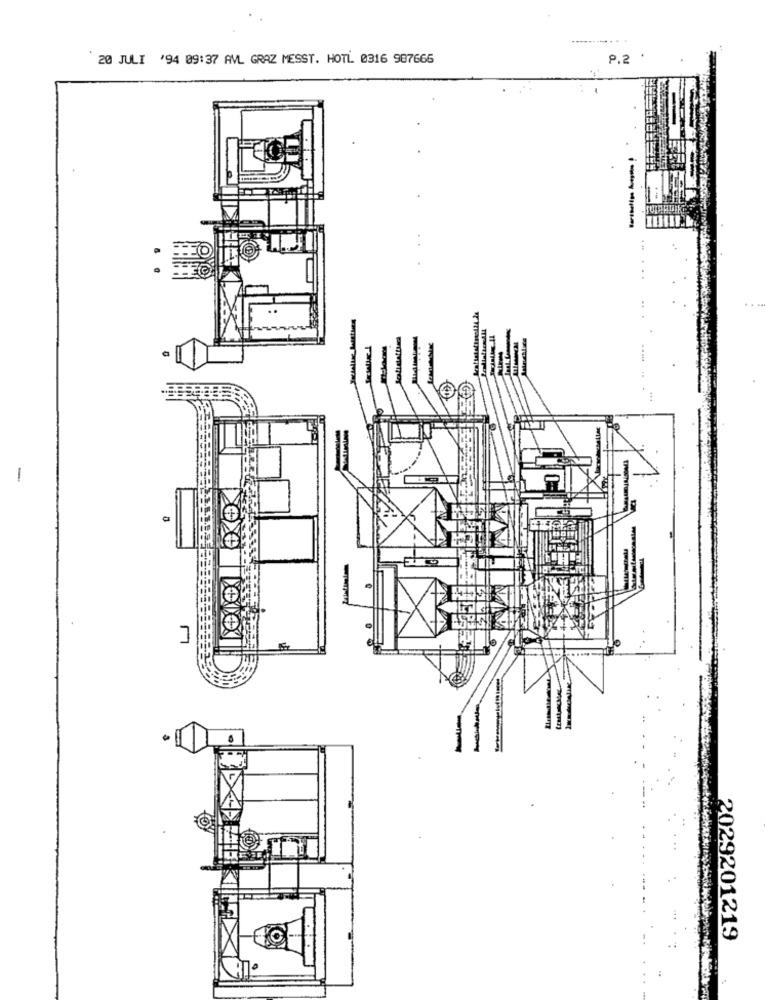
20 JULI '94 09:37 AVL GRAZ MESST. HOTL 0316 987666
P.2 '
- À- !
-
2029201219